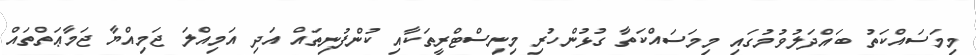
މިމަސައްކަތު ބައްދަލުވުމުގައި މިމަސައްކަތާ ގުޅުންހުރި މިނިސްޓްރީތަކާއި ކުންފުނިތައް އަދި އަމިއްލަ ޖަމިއްޔާ ޖަމާޢަތްތައް